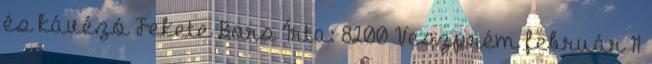
és kávézó Fekete Bors Írta: 8200 Veszprém február 11